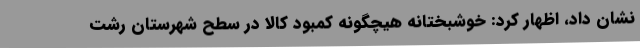
نشان داد، اظهار کرد: خوشبختانه هیچگونه کمبود کالا در سطح شهرستان رشت